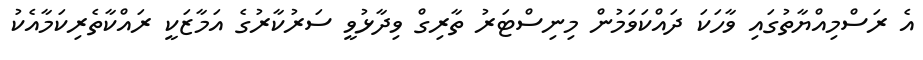
އެ ރަސްމިއްޔާތުގައި ވާހަކަ ދައްކަވަމުން މިނިސްޓަރު ތާރިގް ވިދާޅުވީ ސަރުކާރުގެ އަމާޒަކީ ރައްކާތެރިކަމާއެކު